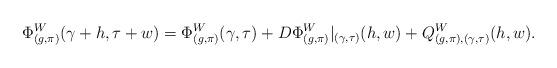
LaTeX: \begin{align*}\Phi^W_{(g,\pi)}(\gamma+h, \tau+w) = \Phi^W_{(g,\pi)}(\gamma, \tau) + D\Phi^W_{(g,\pi)}|_{(\gamma,\tau)} (h, w) + Q^W_{(g, \pi), (\gamma, \tau)} (h, w).\end{align*}